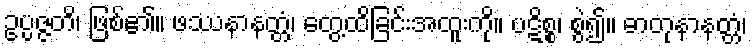
ဥပ္ပဇ္ဇတိ၊ ဖြစ်၏။ ဖဿနာနတ္တံ၊ တွေ့ထိခြင်းအထူးကို။ ပဋိစ္စ၊ စွဲ၍။ ဓာတုနာနတ္တံ၊